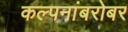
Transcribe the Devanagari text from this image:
कल्पनांबरोबर